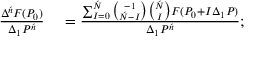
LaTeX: \begin{array} { r l } { { \frac { \Delta ^ { \acute { n } } F ( P _ { 0 } ) } { \Delta _ { 1 } P ^ { \acute { n } } } } } & { { } = { \frac { \sum _ { I = 0 } ^ { \acute { N } } { \binom { - 1 } { { \acute { N } } - I } } { \binom { \acute { N } } { I } } F ( P _ { 0 } + I \Delta _ { 1 } P ) } { \Delta _ { 1 } P ^ { \acute { n } } } } ; } \end{array}